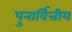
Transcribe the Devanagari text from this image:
पुनार्वित्तीय